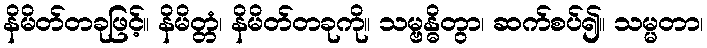
နိမိတ်တခုဖြင့်။ နိမိတ္တံ၊ နိမိတ်တခုကို။ သမ္ဗန္ဓိတွာ၊ ဆက်စပ်၍။ သမ္မတာ၊